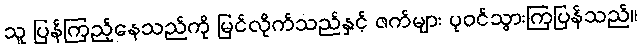
သူ ပြန်ကြည့်နေသည်ကို မြင်လိုက်သည်နှင့် ဇက်များ ပုဝင်သွားကြပြန်သည်။